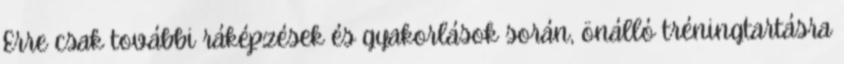
Erre csak további ráképzések és gyakorlások során, önálló tréningtartásra